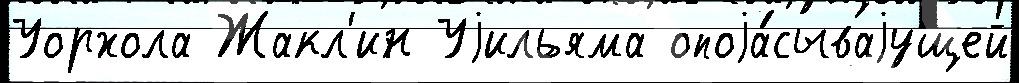
Уорхола Жакл'ин Уjильяма опоjа́сываjущей